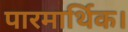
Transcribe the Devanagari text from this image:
पारमार्थिक।